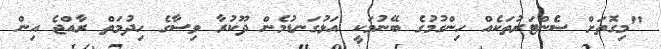
"މިގޮތަށް ސެންޓަރުތަކެއް ހިންގުމުގެ ބޭނުމަކީ އަޅުގަނޑުމެން ދޫކުރާ ވިސާގެ ހިދުމަތް ރާއްޖެ އިން